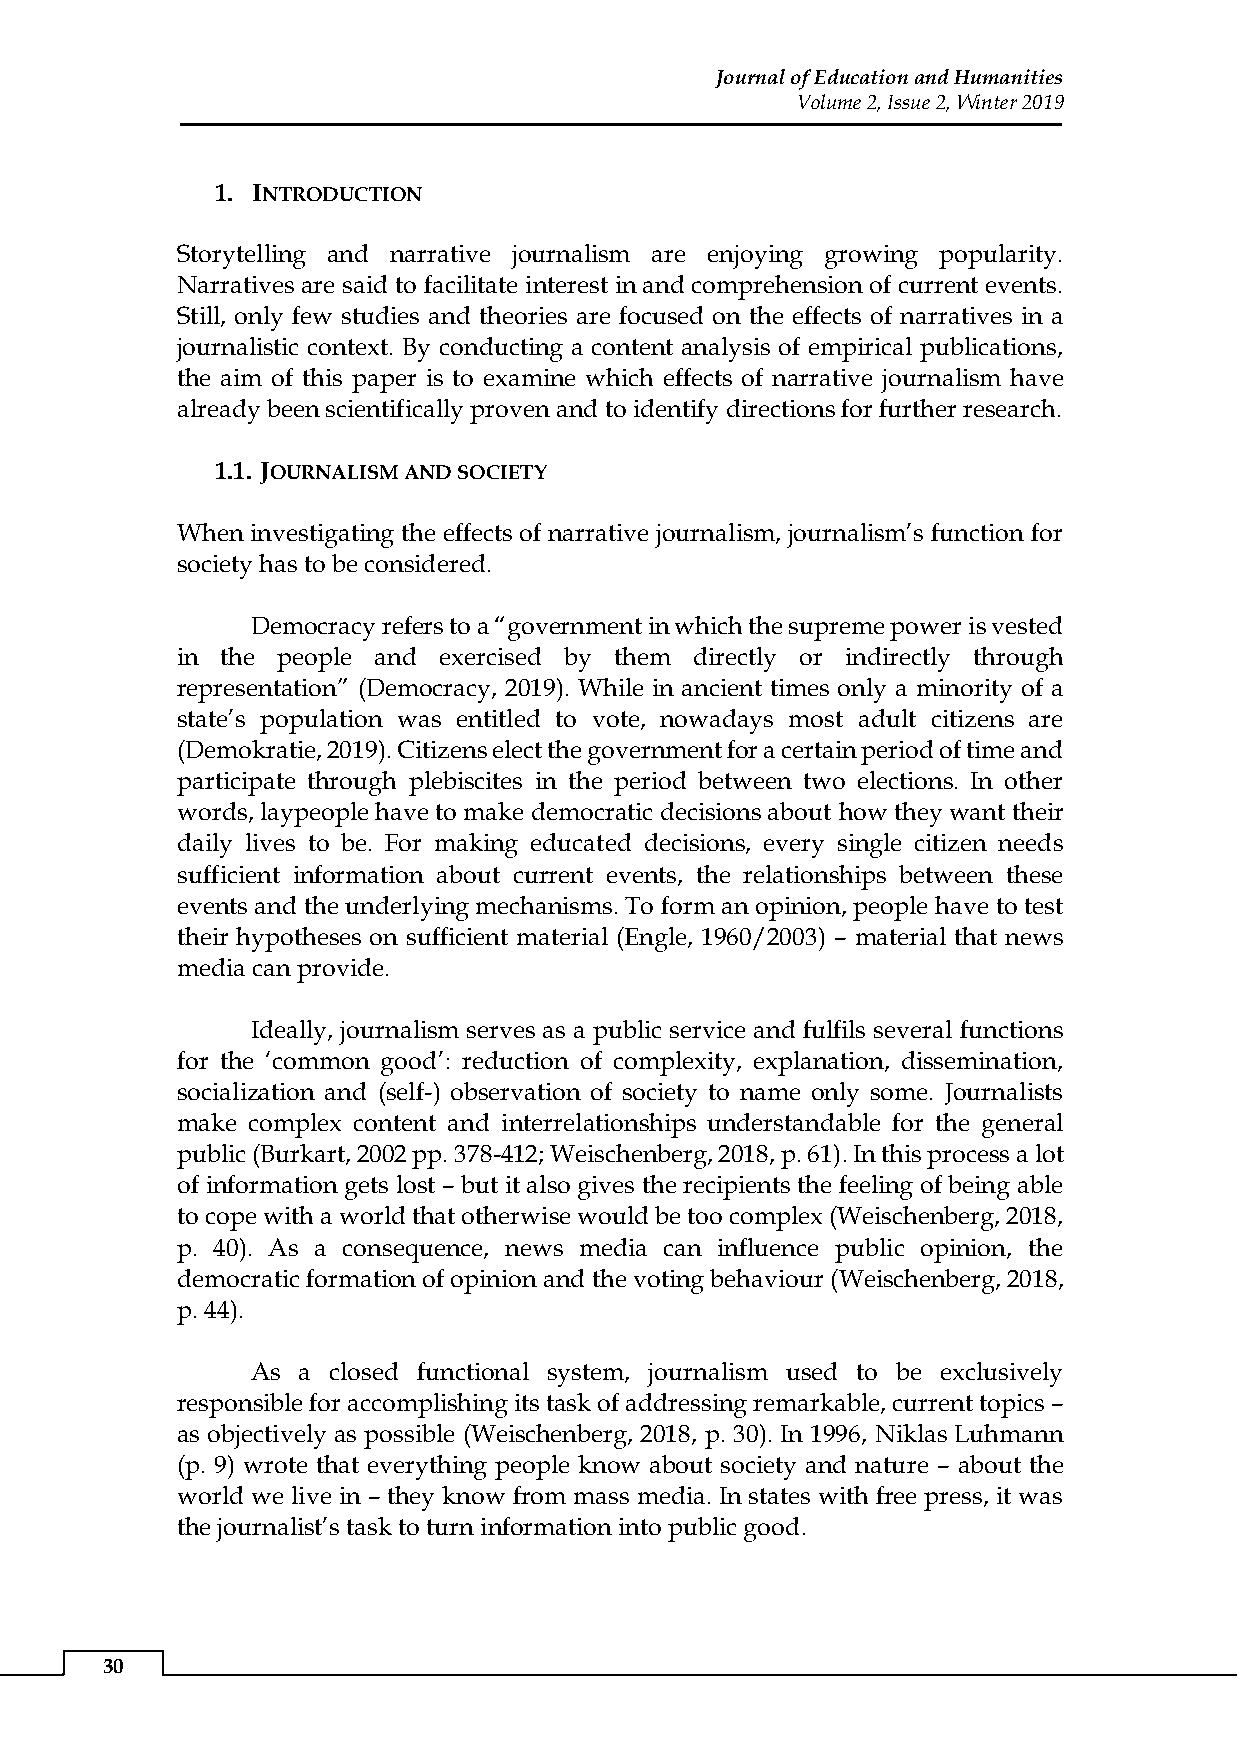
Journal of Education and Humanities
 Volume 2, Issue 2, Winter 2019
 1. INTRODUCTION
 Storytelling and narrative journalism are enjoying growing popularity.
 Narratives are said to facilitate interest in and comprehension of current events.
 Still, only few studies and theories are focused on the effects of narratives in a
 journalistic context. By conducting a content analysis of empirical publications,
 the aim of this paper is to examine which effects of narrative journalism have
 already been scientifically proven and to identify directions for further research.
 1.1. JOURNALISM AND SOCIETY
 When investigating the effects of narrative journalism, journalism’s function for
 society has to be considered.
 Democracy refers to a “government in which the supreme power is vested
 in the people and exercised by them directly or indirectly through
 representation” (Democracy, 2019). While in ancient times only a minority of a
 state’s population was entitled to vote, nowadays most adult citizens are
 (Demokratie, 2019). Citizens elect the government for a certain period of time and
 participate through plebiscites in the period between two elections. In other
 words, laypeople have to make democratic decisions about how they want their
 daily lives to be. For making educated decisions, every single citizen needs
 sufficient information about current events, the relationships between these
 events and the underlying mechanisms. To form an opinion, people have to test
 their hypotheses on sufficient material (Engle, 1960/2003) – material that news
 media can provide.
 Ideally, journalism serves as a public service and fulfils several functions
 for the ‘common good’: reduction of complexity, explanation, dissemination,
 socialization and (self-) observation of society to name only some. Journalists
 make complex content and interrelationships understandable for the general
 public (Burkart, 2002 pp. 378-412; Weischenberg, 2018, p. 61). In this process a lot
 of information gets lost – but it also gives the recipients the feeling of being able
 to cope with a world that otherwise would be too complex (Weischenberg, 2018,
 p. 40). As a consequence, news media can influence public opinion, the
 democratic formation of opinion and the voting behaviour (Weischenberg, 2018,
 p. 44).
 As a closed functional system, journalism used to be exclusively
 responsible for accomplishing its task of addressing remarkable, current topics –
 as objectively as possible (Weischenberg, 2018, p. 30). In 1996, Niklas Luhmann
 (p. 9) wrote that everything people know about society and nature – about the
 world we live in – they know from mass media. In states with free press, it was
 the journalist’s task to turn information into public good.
 30